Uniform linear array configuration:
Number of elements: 32
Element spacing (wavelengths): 0.75
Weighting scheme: uniform
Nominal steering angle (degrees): -30
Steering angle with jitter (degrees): -30.585
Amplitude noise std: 0.05
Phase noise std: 0.05

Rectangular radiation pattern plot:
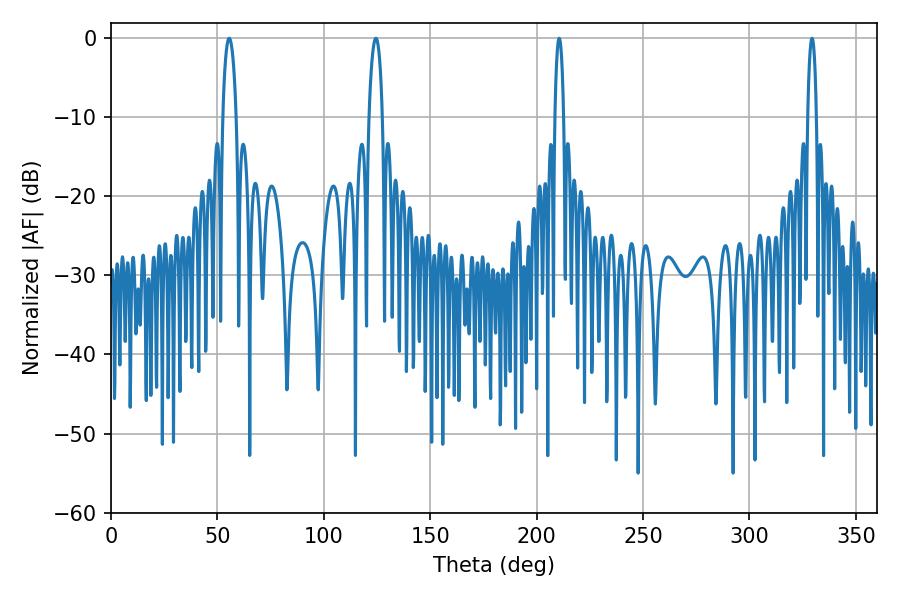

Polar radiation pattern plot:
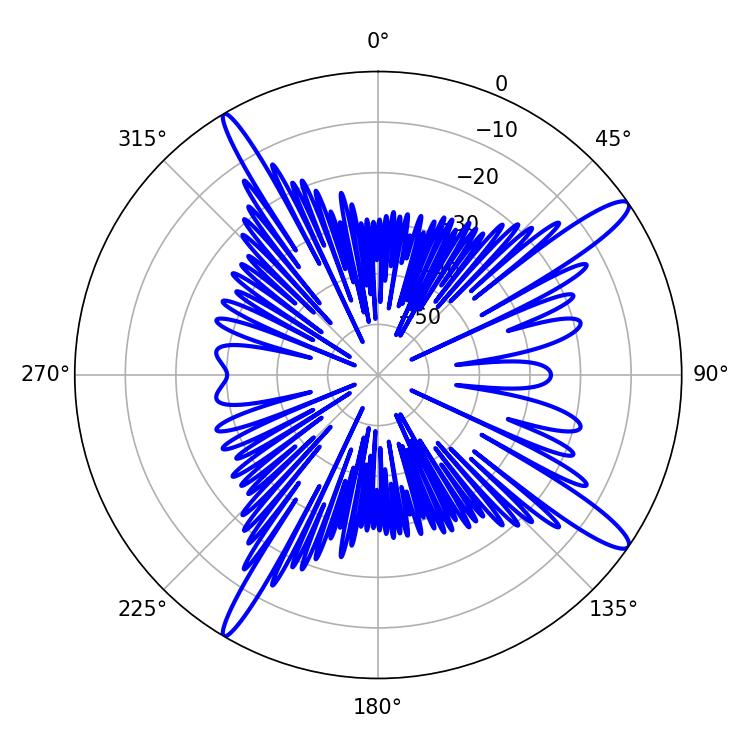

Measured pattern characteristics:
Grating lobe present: TRUE
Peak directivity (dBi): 14.473
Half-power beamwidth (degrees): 2.16
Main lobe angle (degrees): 210.6